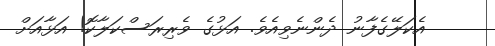
އެކަލޭގެފާނު ދެންނެވިއެވެ. އަޅުގެ ވެރިރަސްކަލާކޮ! އަޅާއަށް